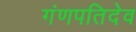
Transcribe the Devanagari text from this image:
गंणपतिदेव